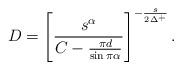
LaTeX: \begin{align*}D = \left[ \frac{s^{\alpha}}{C - \frac{\pi d}{\sin \pi \alpha}} \right]^{-\frac{s}{2\Delta^{+}}}.\end{align*}